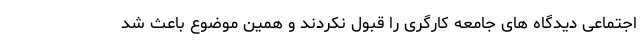
اجتماعی دیدگاه های جامعه کارگری را قبول نکردند و همین موضوع باعث شد